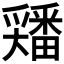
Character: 𡚘